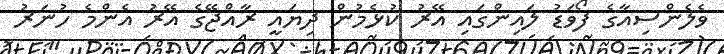
ވެލެންސިއާގެ ފޯވަޑު ލައިންގައި އޭރު ކުޅެމުން ދިޔައީ ރާއްޖޭގެ އޭރު އެންމެ ހުނަރު